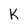
Character: K